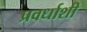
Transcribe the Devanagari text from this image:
प्रवर्धाशी